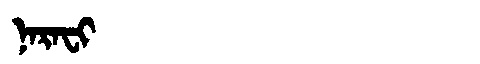
Manchu: ᠨᠠᡵᠠᠸᡳ
Romanization: NARAFI